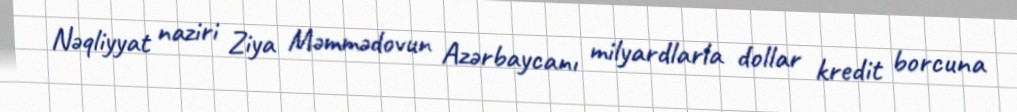
Nəqliyyat naziri Ziya Məmmədovun Azərbaycanı milyardlarla dollar kredit borcuna